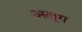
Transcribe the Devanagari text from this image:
अलूग